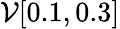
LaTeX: \mathcal{V}[0.1,0.3]